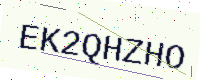
Text: EK2QHZHO